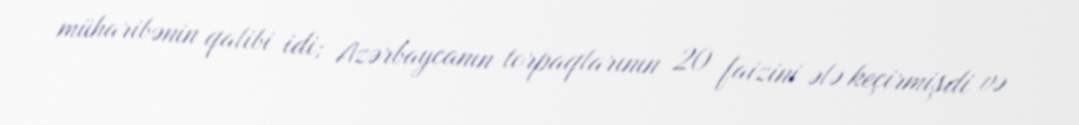
müharibənin qalibi idi; Azərbaycanın torpaqlarının 20 faizini ələ keçirmişdi və